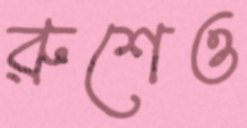
রুশেও